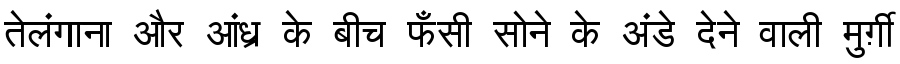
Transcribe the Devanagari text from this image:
तेलंगाना और आंध्र के बीच फँसी सोने के अंडे देने वाली मुर्ग़ी